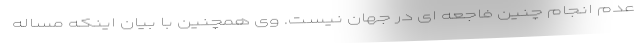
عدم انجام چنین فاجعه ای در جهان نیست. وی همچنین با بیان اینکه مساله